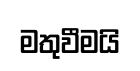
මතුවීමයි